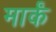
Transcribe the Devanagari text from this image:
मार्कं